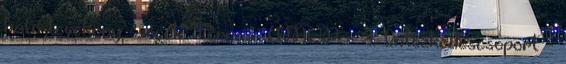
ható tevékeny- ségek Forrás ▪ÚMVP - 4. Intézkedéscsoport -